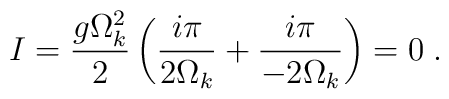
I=\frac{g\Omega_k^2}{2}\left(\frac{i\pi}{2\Omega_k}+\frac{i\pi}{-2\Omega_k}\right)=0\;.